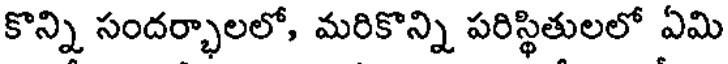
కొన్ని సందర్భాలలో, మరికొన్ని పరిస్థితులలో ఏమి